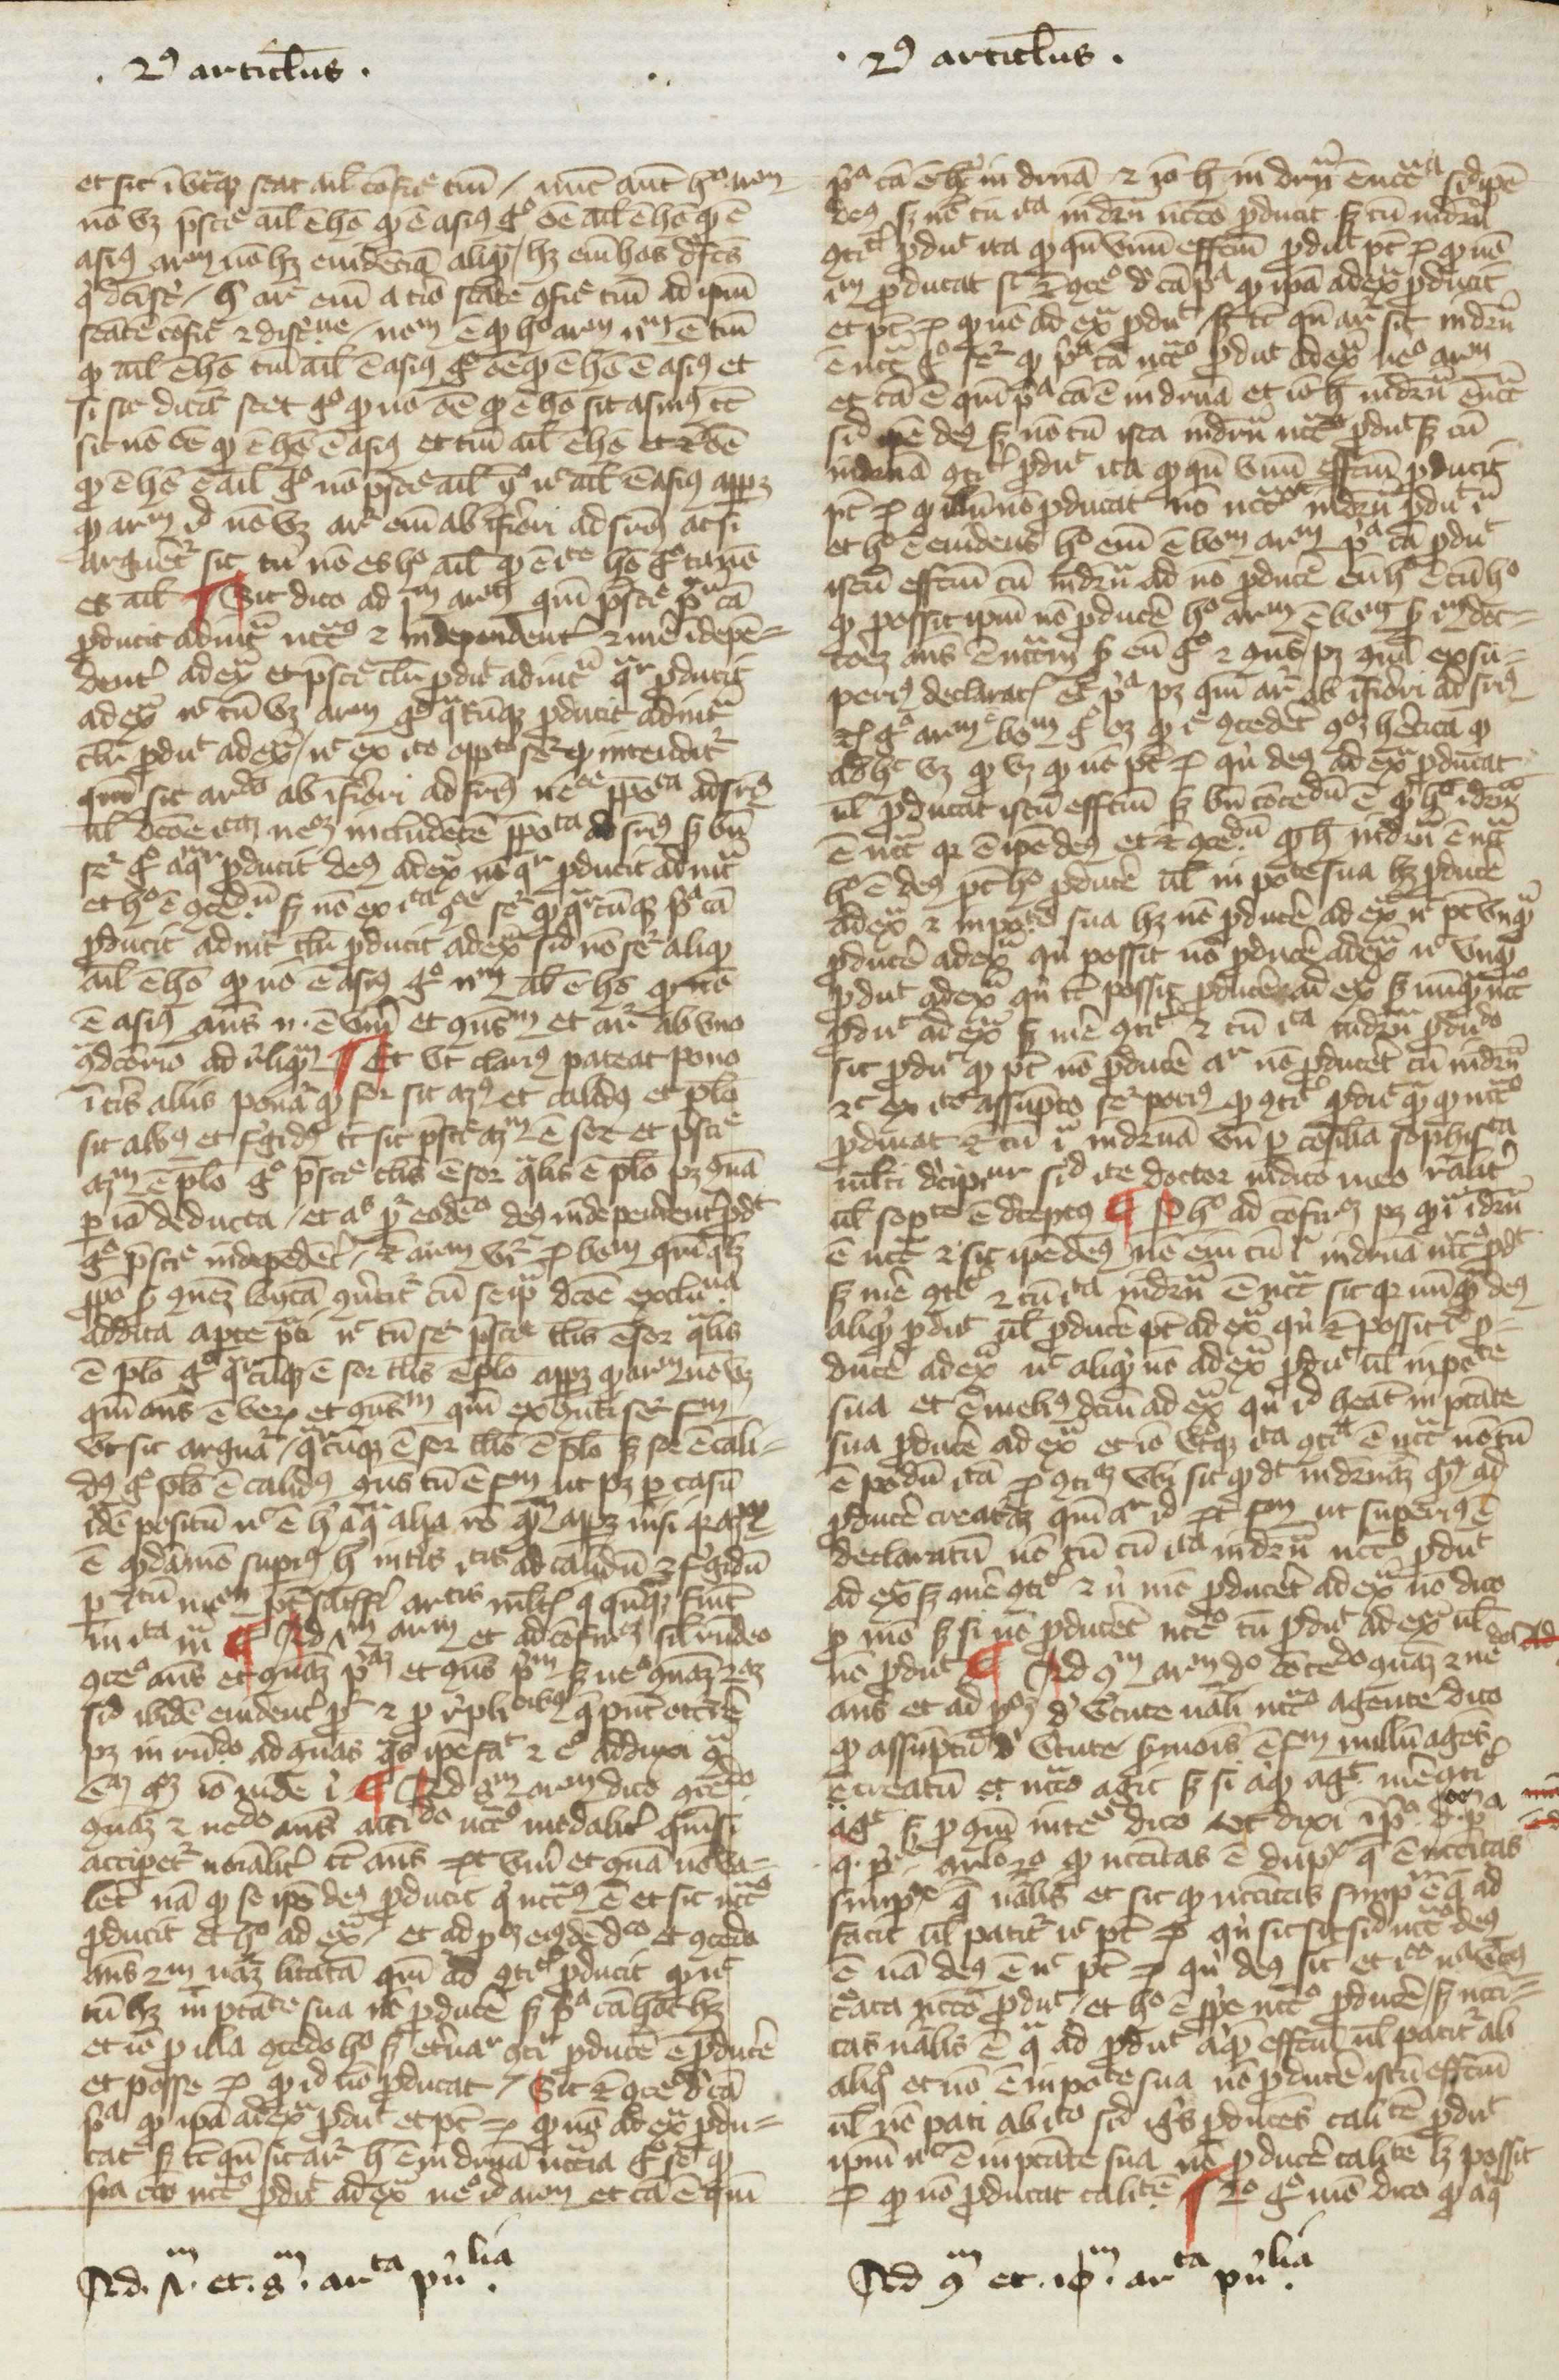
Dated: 1270–1399